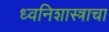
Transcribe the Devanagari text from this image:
ध्वनिशास्त्राचा